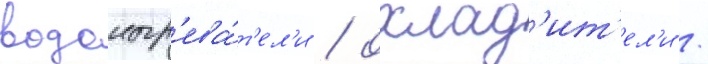
водонагр'ева́т'ел'и / охлад'ит'ел'и /